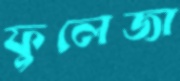
ফুলেজা